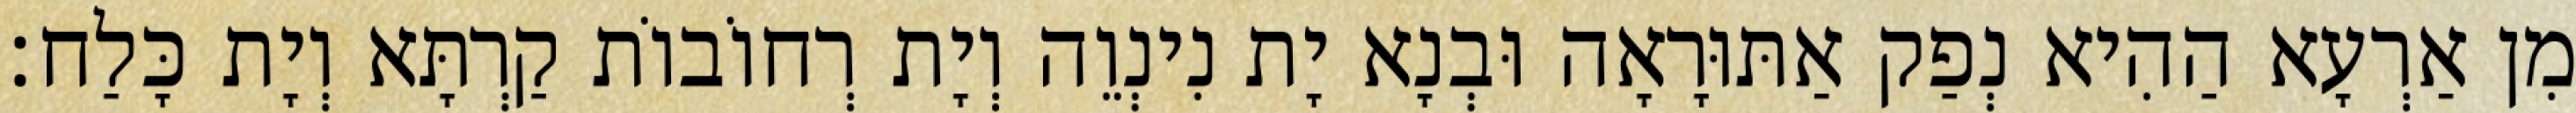
מִן אַרְעָא הַהִיא נְפַק אַתּוּרָאָה וּבְנָא יָת נִינְוֵה וְיָת רְחוֹבוֹת קַרְתָּא וְיָת כָּלַח׃